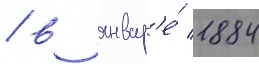
/ в январ'е́ 1884